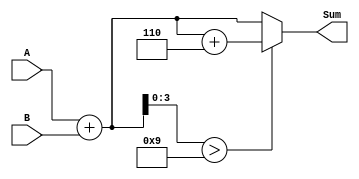
module BCD_Redundant_Binary_Adder (
    input [3:0] A, // First BCD input
    input [3:0] B, // Second BCD input
    output reg [4:0] Sum // Output in redundant binary format (5 bits)
);

    // Internal wire for the preliminary sum and carry
    wire [4:0] prelim_sum;
    wire carry;

    // Calculate the preliminary sum
    assign prelim_sum = {1'b0, A} + {1'b0, B}; // Extend inputs to 5 bits for addition
    
    // Carry detection in the sum
    assign carry = prelim_sum[4];
    
    // Correction logic for BCD
    always @(*) begin
        if (prelim_sum[3:0] > 4'b1001) begin
            // If sum exceeds 9 (1001), correct by adding 6 (0110)
            Sum = prelim_sum + 5'b00110; // Adding 6 in binary
        end else begin
            Sum = prelim_sum; // No correction needed
        end
    end

endmodule